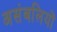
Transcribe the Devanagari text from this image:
असंबलियों